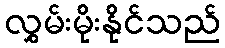
လွှမ်းမိုးနိုင်သည်